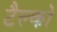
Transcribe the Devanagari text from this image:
टैल्को